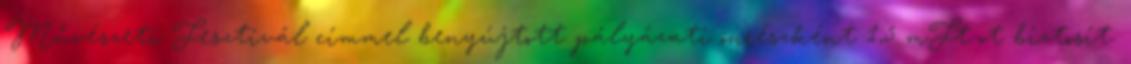
Művészeti Fesztivál címmel benyújtott pályázati önrészként 1,5 mFt-ot biztosít.